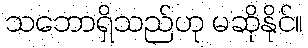
သဘောရှိသည်ဟု မဆိုနိုင်။